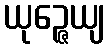
ယုဉ္ဇေယျ